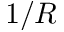
1 / R